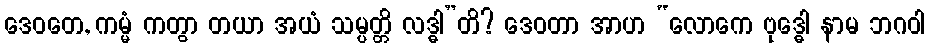
ဒေဝတေ, ကမ္မံ ကတွာ တယာ အယံ သမ္ပတ္တိ လဒ္ဓါ”တိ? ဒေဝတာ အာဟ “လောကေ ဗုဒ္ဓေါ နာမ ဘဂဝါ